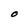
Character: O